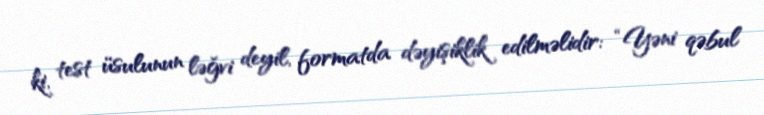
ki, test üsulunun ləğvi deyil, formatda dəyişiklik edilməlidir: “Yəni qəbul